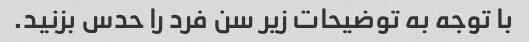
با توجه به توضیحات زیر سن فرد را حدس بزنید.